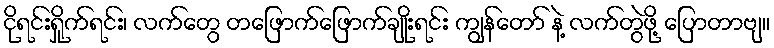
ငိုရင်းရှိုက်ရင်း၊ လက်တွေ တဖြောက်ဖြောက်ချိုးရင်း ကျွန်တော် နဲ့ လက်တွဲဖို့ ပြောတာဗျ။